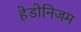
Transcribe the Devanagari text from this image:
हेडोनिजम